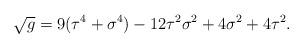
LaTeX: \begin{align*}\sqrt{g} = 9(\tau^4 + \sigma^4) -12 \tau^2 \sigma^2 + 4 \sigma^2 +4 \tau^2.\end{align*}